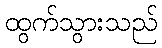
ထွက်သွားသည်